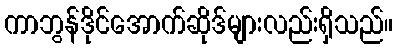
ကာဘွန်ဒိုင်အောက်ဆိုဒ်များလည်းရှိသည်။